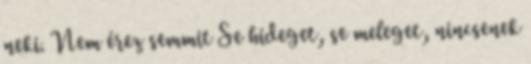
neki. Nem érez semmit Se hideget, se meleget, nincsenek